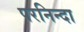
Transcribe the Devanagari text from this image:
परनिन्दा